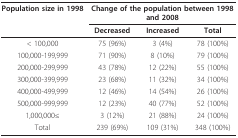
<table><thead><tr><td><b>Population size in 1998</b></td><td colspan="3"><b>Change of the population between 1998 and 2008</b></td></tr><tr><td></td><td><b>Decreased</b></td><td><b>Increased</b></td><td><b>Total</b></td></tr></thead><tbody><tr><td>&lt; 100,000</td><td>75 (96%)</td><td>3 (4%)</td><td>78 (100%)</td></tr><tr><td>100,000-199,999</td><td>71 (90%)</td><td>8 (10%)</td><td>79 (100%)</td></tr><tr><td>200,000-299,999</td><td>43 (78%)</td><td>12 (22%)</td><td>55 (100%)</td></tr><tr><td>300,000-399,999</td><td>23 (68%)</td><td>11 (32%)</td><td>34 (100%)</td></tr><tr><td>400,000-499,999</td><td>12 (46%)</td><td>14 (54%)</td><td>26 (100%)</td></tr><tr><td>500,000-999,999</td><td>12 (23%)</td><td>40 (77%)</td><td>52 (100%)</td></tr><tr><td>1,000,000≤</td><td>3 (12%)</td><td>21 (88%)</td><td>24 (100%)</td></tr><tr><td>Total</td><td>239 (69%)</td><td>109 (31%)</td><td>348 (100%)</td></tr></tbody></table>